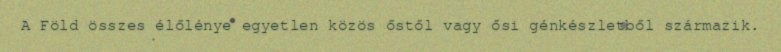
A Föld összes élőlénye egyetlen közös őstől vagy ősi génkészletből származik.